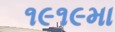
૧૯૧૯મા